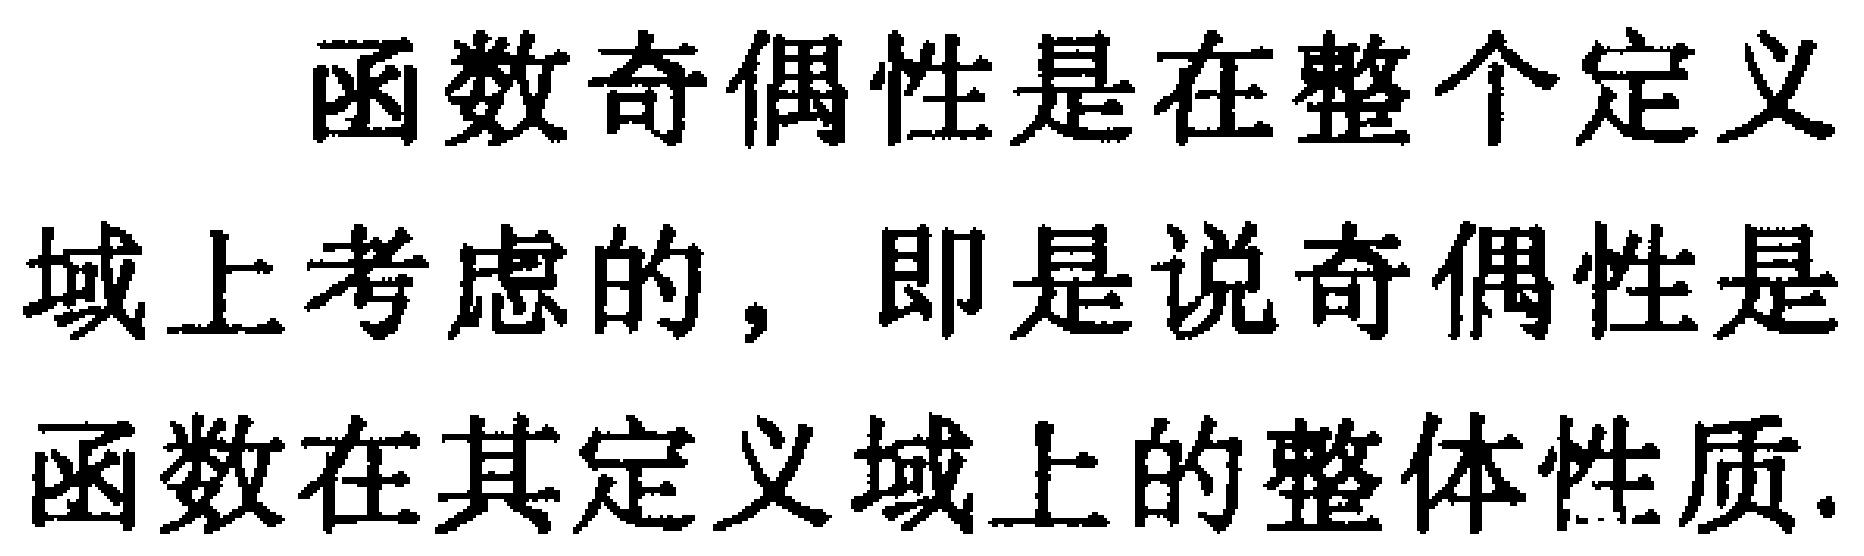
函数奇偶性是在整个定义域上考虑的，即是说奇偶性是函数在其定义域上的整体性质.